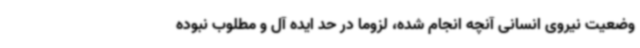
وضعیت نیروی انسانی آنچه انجام شده، لزوما در حد ایده آل و مطلوب نبوده